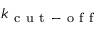
k _ { \mathrm { ~ c ~ u ~ t ~ - ~ o ~ f ~ f ~ } }